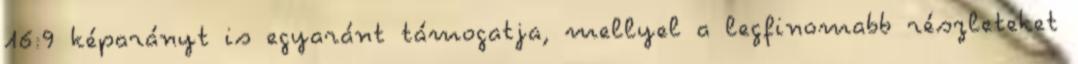
16:9 képarányt is egyaránt támogatja, mellyel a legfinomabb részleteket